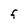
Character: F